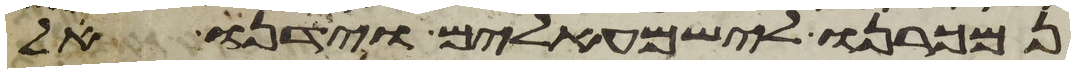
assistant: נמכרנו לישמעאלים וידנו אל